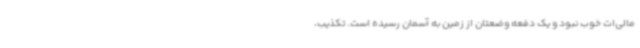
مالی‌ات خوب نبود و یک دفعه وضعتان از زمین به آسمان رسیده است. تکذیب،